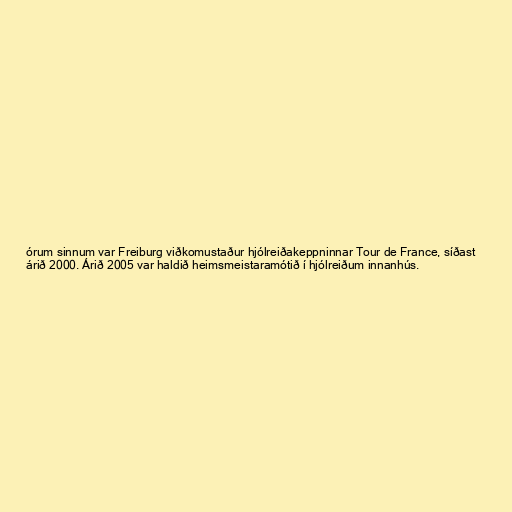
órum sinnum var Freiburg viðkomustaður hjólreiðakeppninnar Tour de France, síðast
árið 2000. Árið 2005 var haldið heimsmeistaramótið í hjólreiðum innanhús.